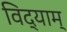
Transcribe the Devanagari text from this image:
विद्याम्